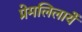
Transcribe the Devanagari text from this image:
प्रेमलिलायें